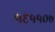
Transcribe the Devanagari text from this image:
५६५५०७